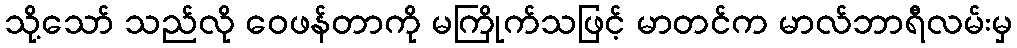
သို့သော် သည်လို ဝေဖန်တာကို မကြိုက်သဖြင့် မာတင်က မာလ်ဘာရီလမ်းမှ